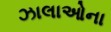
ઝાલાઓના